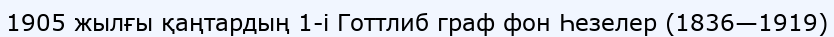
1905 жылғы қаңтардың 1-і Готтлиб граф фон Һезелер (1836—1919)